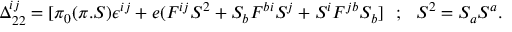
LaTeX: \Delta _ { 2 2 } ^ { i j } = [ \pi _ { 0 } ( \pi . S ) \epsilon ^ { i j } + e ( F ^ { i j } S ^ { 2 } + S _ { b } F ^ { b i } S ^ { j } + S ^ { i } F ^ { j b } S _ { b } ] ~ ~ ; ~ ~ S ^ { 2 } = S _ { a } S ^ { a } .